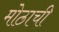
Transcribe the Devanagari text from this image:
मोठाची